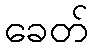
ခေတ်